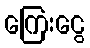
ကြေးငွေ